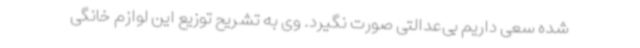
شده سعی داریم بی‌عدالتی صورت نگیرد. وی به تشریح توزیع این لوازم خانگی